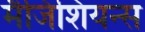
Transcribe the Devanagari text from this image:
मैजिशियन्स